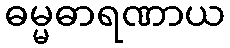
ဓမ္မဓာရဏာယ